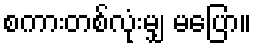
စကားတစ်လုံးမျှ မပြော။